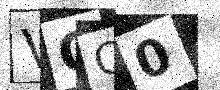
Text: VQC0